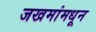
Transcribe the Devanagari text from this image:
जखमांमधून